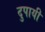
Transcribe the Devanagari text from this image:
दुपायी